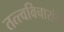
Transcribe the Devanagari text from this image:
तत्त्वविचारांची